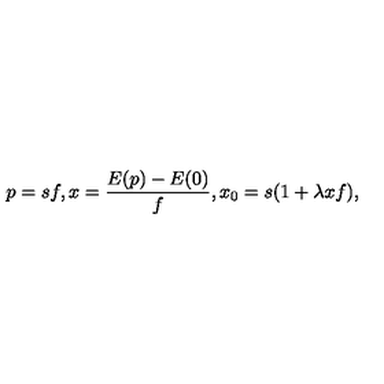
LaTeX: p = s f , x = \frac { E ( p ) - E ( 0 ) } { f } , x _ { 0 } = s ( 1 + \lambda x f ) ,